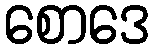
စောဒေ